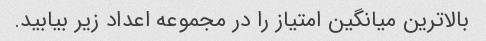
بالاترین میانگین امتیاز را در مجموعه اعداد زیر بیابید.